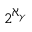
2 ^ { \aleph _ { \gamma } }